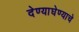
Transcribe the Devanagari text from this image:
देण्याघेण्याचे